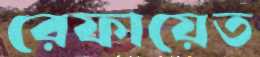
রেফায়েত